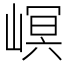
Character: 㟰